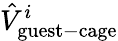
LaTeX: \hat{V}_{\mathrm{guest-cage}}^{i}